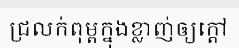
ជ្រលក់ពុម្ពក្នុងខ្លាញ់ឲ្យក្តៅ